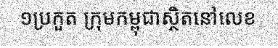
១ប្រកួត ក្រុមកម្ពុជាស្ថិតនៅលេខ